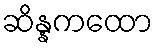
ဆိန္နကထော